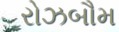
રોઝબૌમ